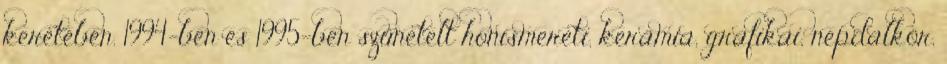
keretében. 1994-ben és 1995-ben szünetelt honismereti, kerámia, grafikai, népdalkör,